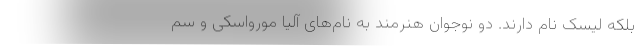
بلکه لیسک نام دارند. دو نوجوان هنرمند به نام‌های آلیا مورواسکی و سم